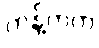
ကန့်ကက